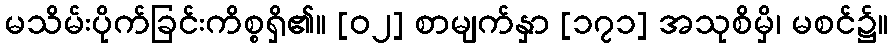
မသိမ်းပိုက်ခြင်းကိစ္စရှိ၏။ [၀၂] စာမျက်နှာ [၁၇၁] အသုစိမှိ၊ မစင်၌။